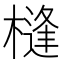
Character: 槰